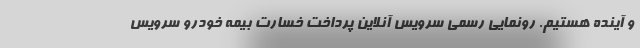
و آینده هستیم. رونمایی رسمی سرویس آنلاین پرداخت خسارت بیمه خودرو سرویس